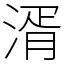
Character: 湑